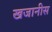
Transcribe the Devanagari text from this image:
खजानीस